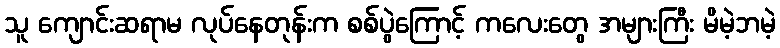
သူ ကျောင်းဆရာမ လုပ်နေတုန်းက စစ်ပွဲကြောင့် ကလေးတွေ အများကြီး မိမဲ့ဘမဲ့